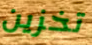
تخزين